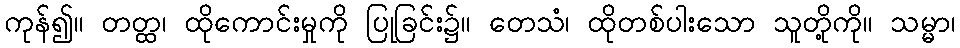
ကုန်၍။ တတ္ထ၊ ထိုကောင်းမှုကို ပြုခြင်း၌။ တေသံ၊ ထိုတစ်ပါးသော သူတို့ကို။ သမ္မာ၊